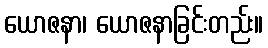
ယောဇနာ၊ ယောဇနာခြင်းတည်း။